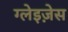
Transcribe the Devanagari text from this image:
ग्लेइज़ेस